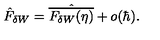
\hat { F } _ { \delta W } = \hat { \overline { { F _ { \delta W } ( \eta ) } } } + o ( \hbar ) .